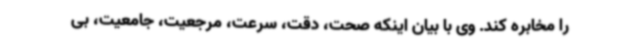
را مخابره کند. وی با بیان اینکه صحت، دقت، سرعت، مرجعیت، جامعیت، بی